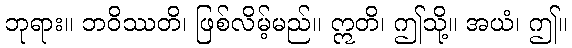
ဘုရား။ ဘဝိဿတိ၊ ဖြစ်လိမ့်မည်။ ဣတိ၊ ဤသို့။ အယံ၊ ဤ။